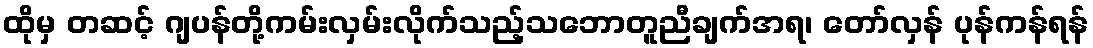
ထိုမှ တဆင့် ဂျပန်တို့ကမ်းလှမ်းလိုက်သည့်သဘောတူညီချက်အရ၊ တော်လှန် ပုန်ကန်ရန်